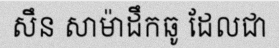
សឹន សាម៉ាដឹកឆូ ដែលជា